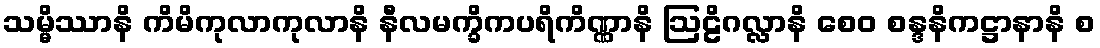
သမ္မိဿာနိ ကိမိကုလာကုလာနိ နီလမက္ခိကပရိကိဏ္ဏာနိ ဩဠိဂလ္လာနိ စေဝ စန္ဒနိကဋ္ဌာနာနိ စ